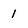
Character: 1